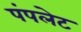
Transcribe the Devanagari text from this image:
पंपलेट